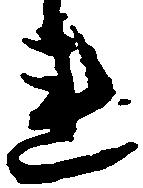
連